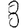
Digit: 8